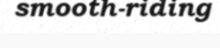
smooth-riding